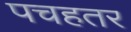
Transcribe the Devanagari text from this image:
पचहतर